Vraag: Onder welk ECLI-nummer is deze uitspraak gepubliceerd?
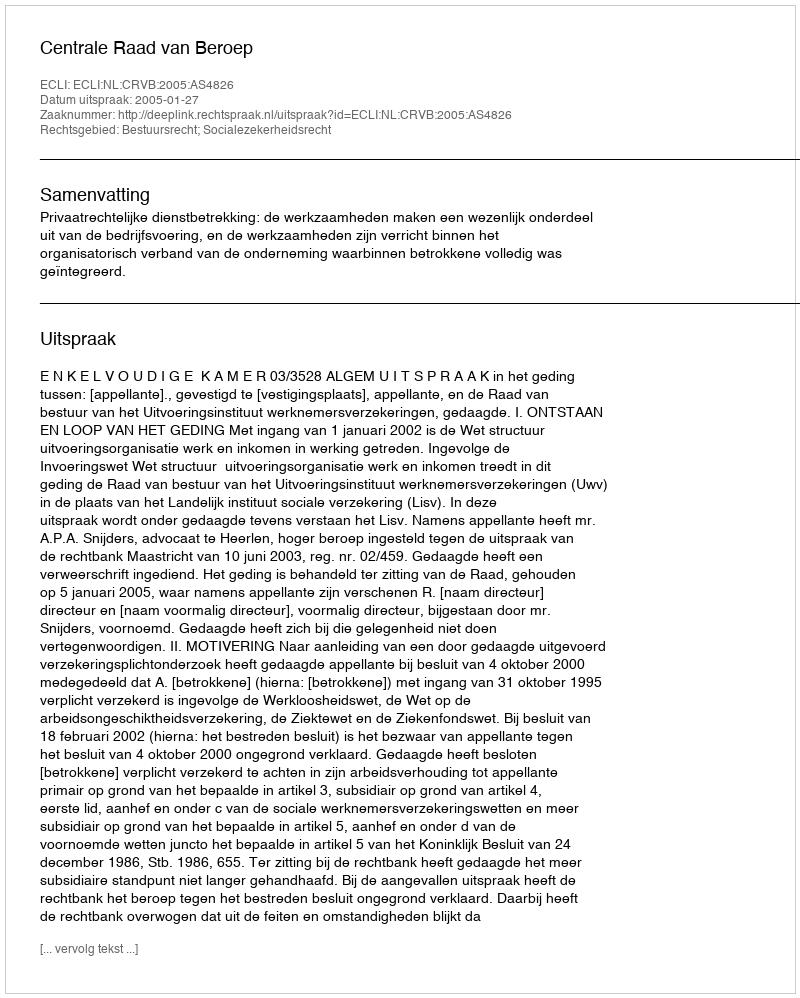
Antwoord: ECLI:NL:CRVB:2005:AS4826